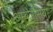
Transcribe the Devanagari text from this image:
अम्बोरसिया